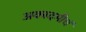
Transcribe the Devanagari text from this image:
अकादमीचं